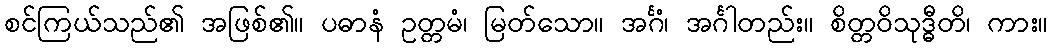
စင်ကြယ်သည်၏ အဖြစ်၏။ ပဓာနံ ဥတ္တမံ၊ မြတ်သော။ အင်္ဂံ၊ အင်္ဂါတည်း။ စိတ္တဝိသုဒ္ဓီတိ၊ ကား။